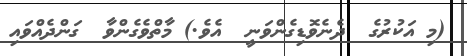
(މި އަކުރުގެ  ދެނެވޮޑިގެންވަނީ  އެވެ.) މާތްވެގެންވާ  ގަންދެއްވައި